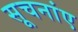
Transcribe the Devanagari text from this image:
सूचनांए